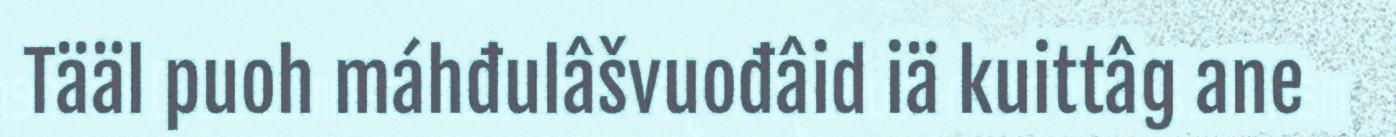
Tääl puoh máhđulâšvuođâid iä kuittâg ane